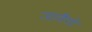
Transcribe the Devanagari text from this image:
जावैगो